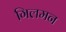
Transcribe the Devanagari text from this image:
गिलमन